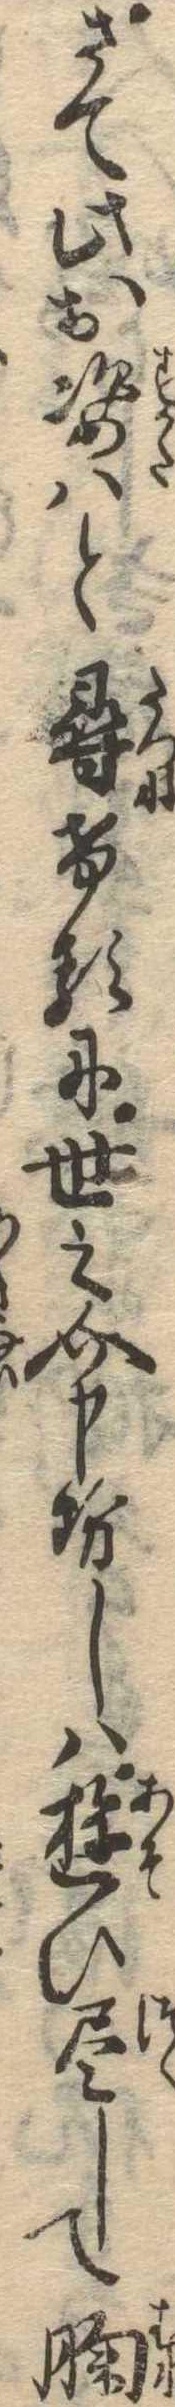
さて此お姿はと尋けるに世之介申せしは遊ひ尽して胸